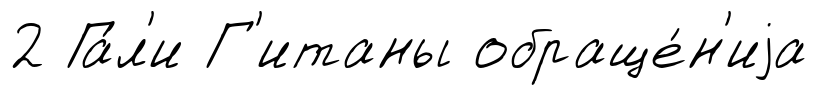
2 Га́л'и Г'итаны обраще́н'иjа